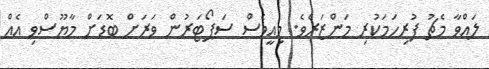
ލައްވާ މެޗު ފުރިހަމަކުރި މަންޒަރެވެ. މިއީވެސް ސަޕޯޓަރުން ވަރަށް ބޮޑަށް މާޔޫސްވި އެއް